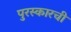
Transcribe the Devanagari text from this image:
पुरस्कारची